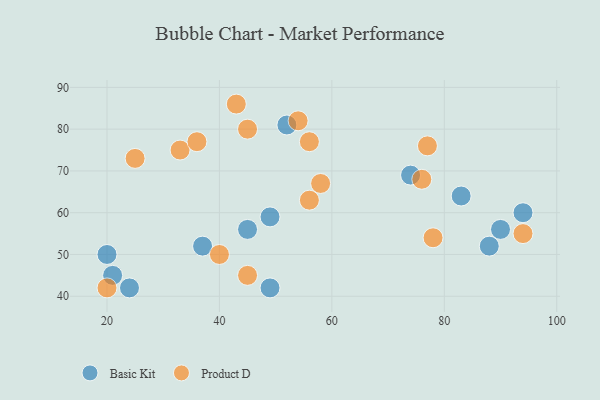
{"axis": {"x": "GDP", "y": "Life Expectancy"}, "legend": ["Basic Kit", "Product D"], "data": [{"x": "49", "y": 42, "type": "Basic Kit"}, {"x": "49", "y": 59, "type": "Basic Kit"}, {"x": "24", "y": 42, "type": "Basic Kit"}, {"x": "83", "y": 64, "type": "Basic Kit"}, {"x": "21", "y": 45, "type": "Basic Kit"}, {"x": "52", "y": 81, "type": "Basic Kit"}, {"x": "94", "y": 60, "type": "Basic Kit"}, {"x": "90", "y": 56, "type": "Basic Kit"}, {"x": "88", "y": 52, "type": "Basic Kit"}, {"x": "37", "y": 52, "type": "Basic Kit"}, {"x": "74", "y": 69, "type": "Basic Kit"}, {"x": "45", "y": 56, "type": "Basic Kit"}, {"x": "20", "y": 50, "type": "Basic Kit"}, {"x": "56", "y": 63, "type": "Product D"}, {"x": "78", "y": 54, "type": "Product D"}, {"x": "56", "y": 77, "type": "Product D"}, {"x": "54", "y": 82, "type": "Product D"}, {"x": "43", "y": 86, "type": "Product D"}, {"x": "20", "y": 42, "type": "Product D"}, {"x": "45", "y": 45, "type": "Product D"}, {"x": "33", "y": 75, "type": "Product D"}, {"x": "40", "y": 50, "type": "Product D"}, {"x": "45", "y": 80, "type": "Product D"}, {"x": "76", "y": 68, "type": "Product D"}, {"x": "77", "y": 76, "type": "Product D"}, {"x": "58", "y": 67, "type": "Product D"}, {"x": "36", "y": 77, "type": "Product D"}, {"x": "94", "y": 55, "type": "Product D"}, {"x": "25", "y": 73, "type": "Product D"}]}